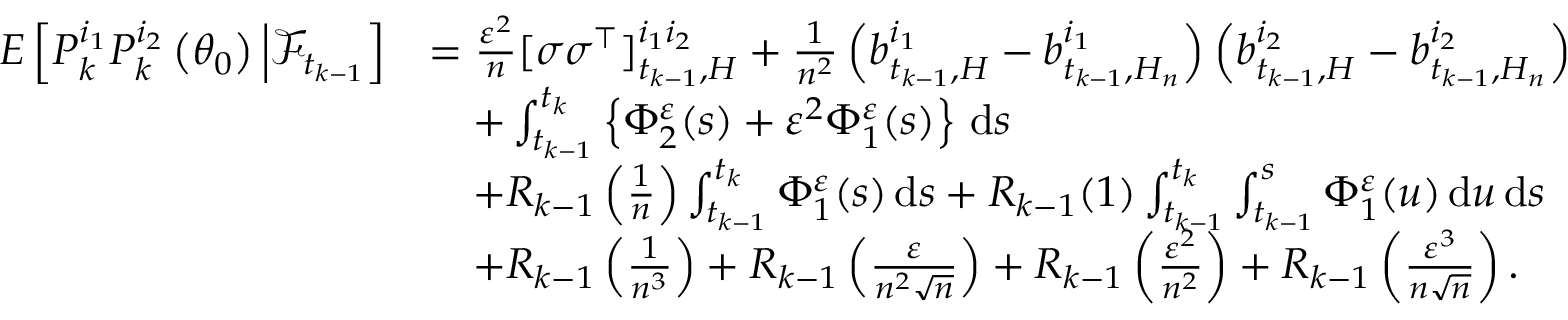
\begin{array} { r l } { E \left[ P _ { k } ^ { i _ { 1 } } P _ { k } ^ { i _ { 2 } } \left( \theta _ { 0 } \right) \Big | \mathcal { F } _ { t _ { k - 1 } } \right] } & { = \frac { \varepsilon ^ { 2 } } { n } [ \sigma \sigma ^ { \top } ] _ { t _ { k - 1 } , H } ^ { i _ { 1 } i _ { 2 } } + \frac { 1 } { n ^ { 2 } } \left( b _ { t _ { k - 1 } , H } ^ { i _ { 1 } } - b _ { t _ { k - 1 } , H _ { n } } ^ { i _ { 1 } } \right) \left( b _ { t _ { k - 1 } , H } ^ { i _ { 2 } } - b _ { t _ { k - 1 } , H _ { n } } ^ { i _ { 2 } } \right) } \\ & { \quad + \int _ { t _ { k - 1 } } ^ { t _ { k } } \left\{ \Phi _ { 2 } ^ { \varepsilon } ( s ) + \varepsilon ^ { 2 } \Phi _ { 1 } ^ { \varepsilon } ( s ) \right\} \, \mathrm { d } s } \\ & { \quad + R _ { k - 1 } \left( \frac { 1 } { n } \right) \int _ { t _ { k - 1 } } ^ { t _ { k } } \Phi _ { 1 } ^ { \varepsilon } ( s ) \, \mathrm { d } s + R _ { k - 1 } ( 1 ) \int _ { t _ { k - 1 } } ^ { t _ { k } } \int _ { t _ { k - 1 } } ^ { s } \Phi _ { 1 } ^ { \varepsilon } ( u ) \, \mathrm { d } u \, \mathrm { d } s } \\ & { \quad + R _ { k - 1 } \left( \frac { 1 } { n ^ { 3 } } \right) + R _ { k - 1 } \left( \frac { \varepsilon } { n ^ { 2 } \sqrt { n } } \right) + R _ { k - 1 } \left( \frac { \varepsilon ^ { 2 } } { n ^ { 2 } } \right) + R _ { k - 1 } \left( \frac { \varepsilon ^ { 3 } } { n \sqrt { n } } \right) . } \end{array}